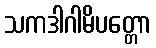
သကဒါဂါမိပတ္တော